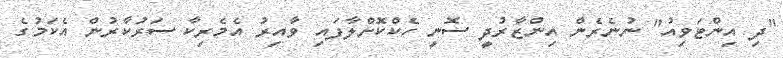
"ދި އިންޓަވިއު" ނުނެރެން އިންޒާރުދީ ސޮނީ ހެކްކޮށްލާފައި ވާއިރު އެމެރިކާ ސަރުކާރުން އެކަމުގެ